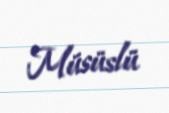
Müsüslü